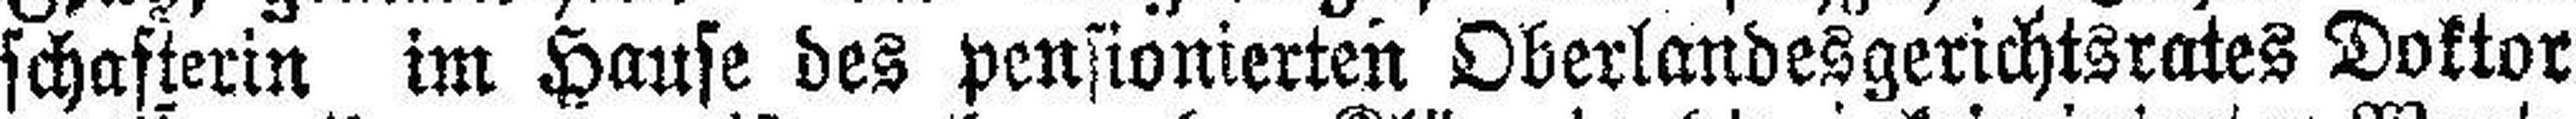
schafterin im Hause des pensionierten Oberlandesgerichtsrates Doktor